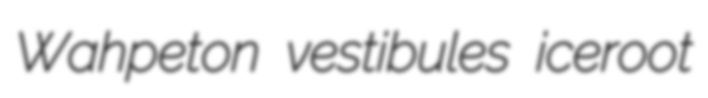
Wahpeton vestibules iceroot